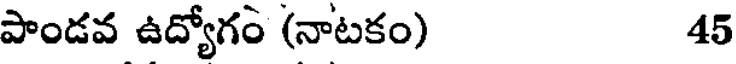
పాండవ ఉద్యోగం (నాటకం) 45